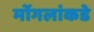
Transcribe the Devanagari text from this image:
मोंगलांकडे